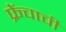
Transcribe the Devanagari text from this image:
फ्रेंचाची